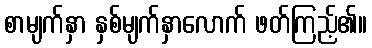
စာမျက်နှာ နှစ်မျက်နှာလောက် ဖတ်ကြည့်၏။